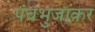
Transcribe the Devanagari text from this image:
पंचभुजाकर